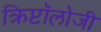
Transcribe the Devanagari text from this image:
क्रिप्टॉलोजी